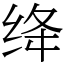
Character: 绛